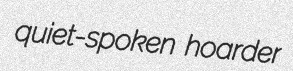
quiet-spoken hoarder